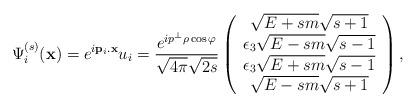
LaTeX: \begin{align*}\Psi ^{(s)}_{i}(\mathbf{x})=e^{i\mathbf{p}_{i}.\mathbf{x}}u_{i}=\frac{e^{ip^{\bot}\rho \cos \varphi }}{\sqrt{4\pi}\sqrt{2s}}\left(\begin{array}{c}\sqrt{E+sm}\sqrt{s+1} \\\epsilon _{3}\sqrt{E-sm}\sqrt{s-1} \\\epsilon _{3}\sqrt{E+sm}\sqrt{s-1} \\\sqrt{E-sm}\sqrt{s+1}\end{array}\right) ,\end{align*}